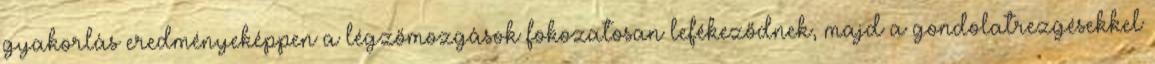
gyakorlás eredményeképpen a légzőmozgások fokozatosan lefékeződnek, majd a gondolatrezgésekkel